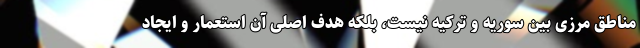
مناطق مرزی بین سوریه و ترکیه نیست، بلکه هدف اصلی آن استعمار و ایجاد